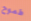
طموح